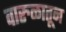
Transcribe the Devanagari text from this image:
वारुळातून